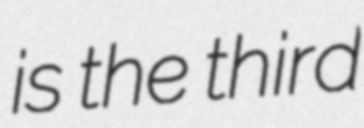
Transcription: is the third